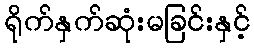
ရိုက်နှက်ဆုံးမခြင်းနှင့်